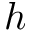
h